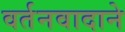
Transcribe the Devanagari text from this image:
वर्तनवादाने